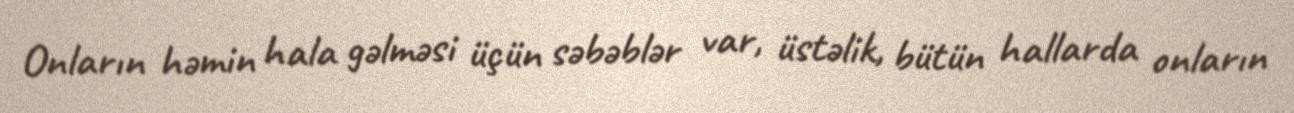
Onların həmin hala gəlməsi üçün səbəblər var, üstəlik, bütün hallarda onların